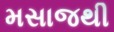
મસાજથી